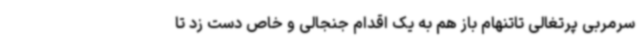
سرمربی پرتغالی تاتنهام باز هم به یک اقدام جنجالی و خاص دست زد تا